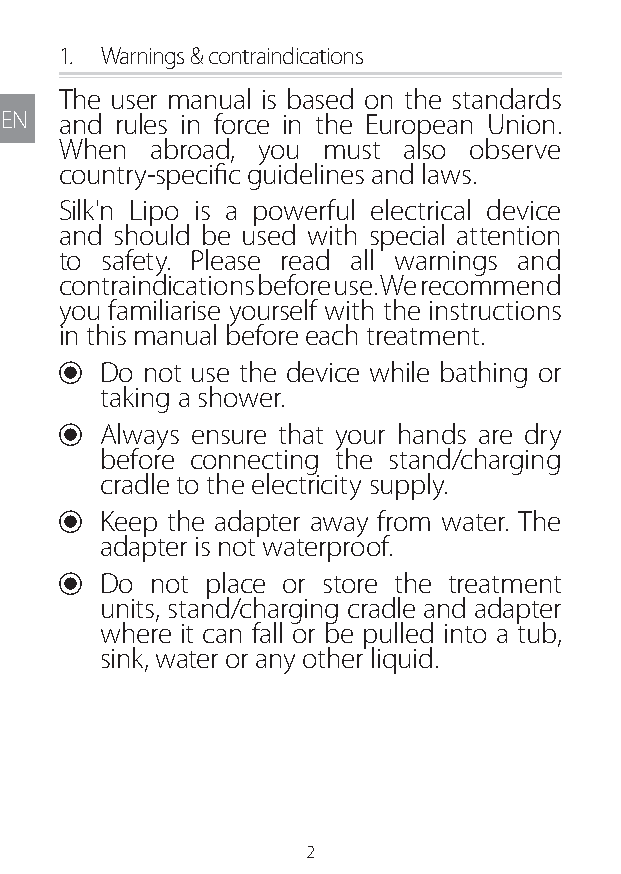
1. Warnings & contraindications
 The user manual is based on the standards
 EN  and rules in force in the European Union.
 When  abroad, you must also observe
 country-specific guidelines and laws.
 Silk'n Lipo is a powerful electrical device
 and should be used with special attention
 to safety. Please read all warnings and
 contraindications before use. We recommend
 you familiarise yourself with the instructions
 in this manual before each treatment.
 U Do not use the device while bathing or
 taking a shower.
 U Always ensure that your hands are dry
 before connecting the stand/charging
 cradle to the electricity supply.
 U Keep the adapter away from water. The
 adapter is not waterproof.
 U Do  not place or store the treatment
 units, stand/charging cradle and adapter
 where it can fall or be pulled into a tub,
 sink, water or any other liquid.
 2
 Lipo UM EU124 3545B inside ALL EU124 ED296-24 release.indd 2 14/08/2018 10:57:31